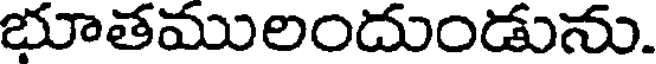
భూతములందుండును.